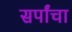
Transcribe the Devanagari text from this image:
सर्पांचा